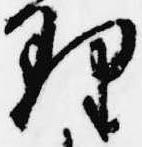
理